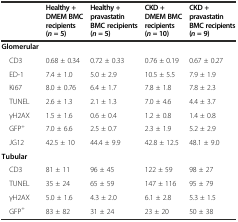
<table><thead><tr><td></td><td><b>Healthy + DMEM BMC recipients (<i>n</i>= 5)</b></td><td><b>Healthy + pravastatin BMC recipients (<i>n</i>= 5)</b></td><td><b>CKD + DMEM BMC recipients (<i>n</i>= 10)</b></td><td><b>CKD + pravastatin BMC recipients (<i>n</i>= 9)</b></td></tr></thead><tbody><tr><td><b>Glomerular</b></td><td></td><td></td><td></td><td></td></tr><tr><td> CD3</td><td>0.68 ± 0.34</td><td>0.72 ± 0.33</td><td>0.76 ± 0.19</td><td>0.67 ± 0.27</td></tr><tr><td> ED-1</td><td>7.4 ± 1.0</td><td>5.0 ± 2.9</td><td>10.5 ± 5.5</td><td>7.9 ± 1.9</td></tr><tr><td> Ki67</td><td>8.0 ± 0.76</td><td>6.4 ± 1.7</td><td>7.8 ± 1.8</td><td>7.8 ± 2.3</td></tr><tr><td> TUNEL</td><td>2.6 ± 1.3</td><td>2.1 ± 1.3</td><td>7.0 ± 4.6</td><td>4.4 ± 3.7</td></tr><tr><td> γH2AX</td><td>1.5 ± 1.6</td><td>0.6 ± 0.4</td><td>1.2 ± 0.8</td><td>1.4 ± 0.8</td></tr><tr><td> GFP<sup>+</sup></td><td>7.0 ± 6.6</td><td>2.5 ± 0.7</td><td>2.3 ± 1.9</td><td>5.2 ± 2.9</td></tr><tr><td> JG12</td><td>42.5 ± 10</td><td>44.4 ± 9.9</td><td>42.8 ± 12.5</td><td>48.1 ± 9.0</td></tr><tr><td><b>Tubular</b></td><td></td><td></td><td></td><td></td></tr><tr><td> CD3</td><td>81 ± 11</td><td>96 ± 45</td><td>122 ± 59</td><td>98 ± 27</td></tr><tr><td> TUNEL</td><td>35 ± 24</td><td>65 ± 59</td><td>147 ± 116</td><td>95 ± 79</td></tr><tr><td> γH2AX</td><td>5.0 ± 1.6</td><td>4.3 ± 2.0</td><td>6.1 ± 2.8</td><td>5.3 ± 1.5</td></tr><tr><td> GFP<sup>+</sup></td><td>83 ± 82</td><td>31 ± 24</td><td>23 ± 20</td><td>50 ± 38</td></tr></tbody></table>